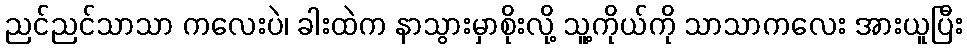
ညင်ညင်သာသာ ကလေးပဲ၊ ခါးထဲက နာသွားမှာစိုးလို့ သူ့ကိုယ်ကို သာသာကလေး အားယူပြီး